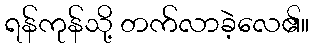
ရန်ကုန်သို့ တက်လာခဲ့လေ၏။